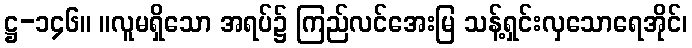
ဋ္ဌ-၁၄၆။ ။လူမရှိသော အရပ်၌ ကြည်လင်အေးမြ သန့်ရှင်းလှသောရေအိုင်၊